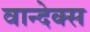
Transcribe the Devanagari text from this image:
वान्देक्स